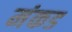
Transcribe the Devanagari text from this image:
मंकड